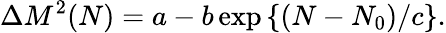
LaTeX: \Delta M^{2}(N)=a-b\exp\left\{ (N-N_{0})/c\right\} .